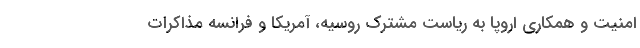
امنیت و همکاری اروپا به ریاست مشترک روسیه، آمریکا و فرانسه مذاکرات